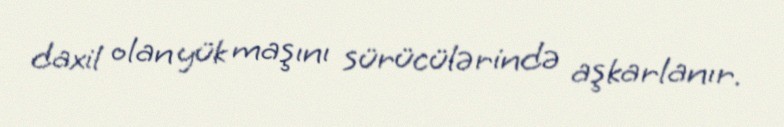
daxil olan yük maşını sürücülərində aşkarlanır.